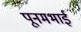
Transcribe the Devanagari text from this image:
पूनमभाई